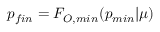
p _ { f i n } = F _ { O , m i n } ( p _ { m i n } | \mu )